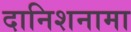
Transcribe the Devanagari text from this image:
दानिशनामा